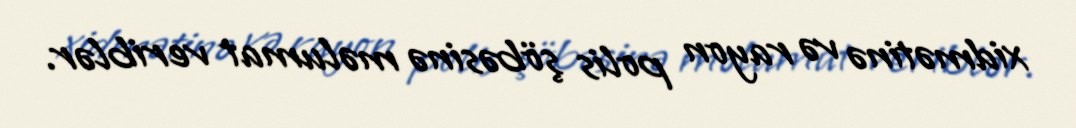
xidmətinə və rayon polis şöbəsinə məlumat veriblər.